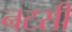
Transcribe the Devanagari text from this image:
नटसी